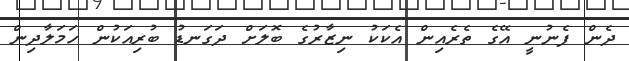
ދެން ފެނުނީ އޭގެ ތެރެއިން އެކަކު ނިޒާރުގެ ބޮލަށް ދަގަނޑު ބުރިއަކުން ހަމަލާދިން